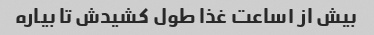
بیش از ۱ساعت غذا طول کشیدش تا بیاره